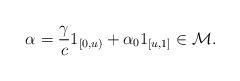
LaTeX: \begin{align*}\alpha=\frac{\gamma}{c}1_{[0,u)}+\alpha_01_{[u,1]}\in\mathcal{M}.\end{align*}